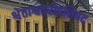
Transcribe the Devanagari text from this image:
श्वेताश्वतरोपनिषद